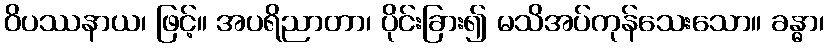
ဝိပဿနာယ၊ ဖြင့်။ အပရိညာတာ၊ ပိုင်းခြား၍ မသိအပ်ကုန်သေးသော။ ခန္ဓာ၊